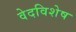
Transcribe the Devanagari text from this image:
वेदविशेष